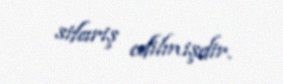
sifariş edilmişdir.